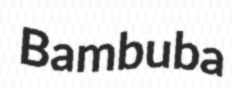
Bambuba